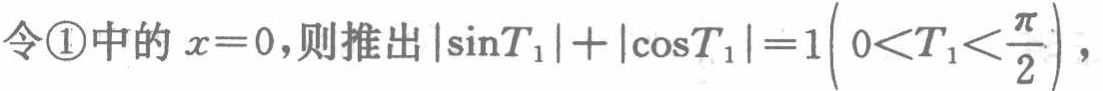
令\textcircled{1}中的 \(x = 0\)，则推出\(\vert\sin T_{1}\vert+\vert\cos T_{1}\vert = 1\left(0 < T_{1}<\frac{\pi}{2}\right)\)，